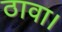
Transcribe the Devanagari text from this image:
ठावा।